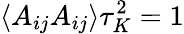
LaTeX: \langle A_{ij}A_{ij}\rangle\tau_{K}^{2}=1